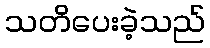
သတိပေးခဲ့သည်